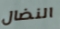
النضال